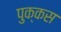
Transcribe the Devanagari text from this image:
पुक्कस